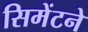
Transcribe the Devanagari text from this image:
सिमेंटने